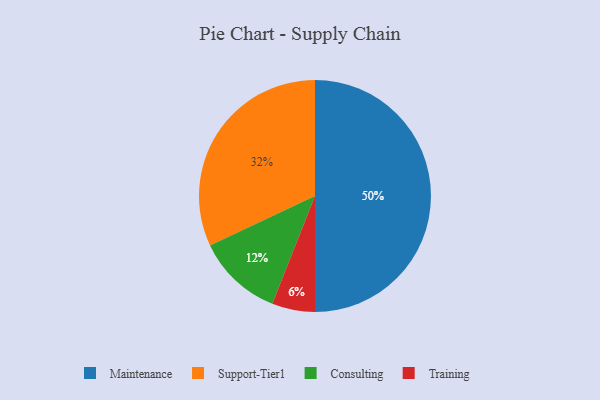
{"axis": {"x": "Category", "y": "Percentage"}, "legend": ["Consulting", "Maintenance", "Support-Tier1", "Training"], "data": [{"x": "Maintenance", "y": 50, "type": "Maintenance"}, {"x": "Consulting", "y": 12, "type": "Consulting"}, {"x": "Support-Tier1", "y": 32, "type": "Support-Tier1"}, {"x": "Training", "y": 6, "type": "Training"}]}